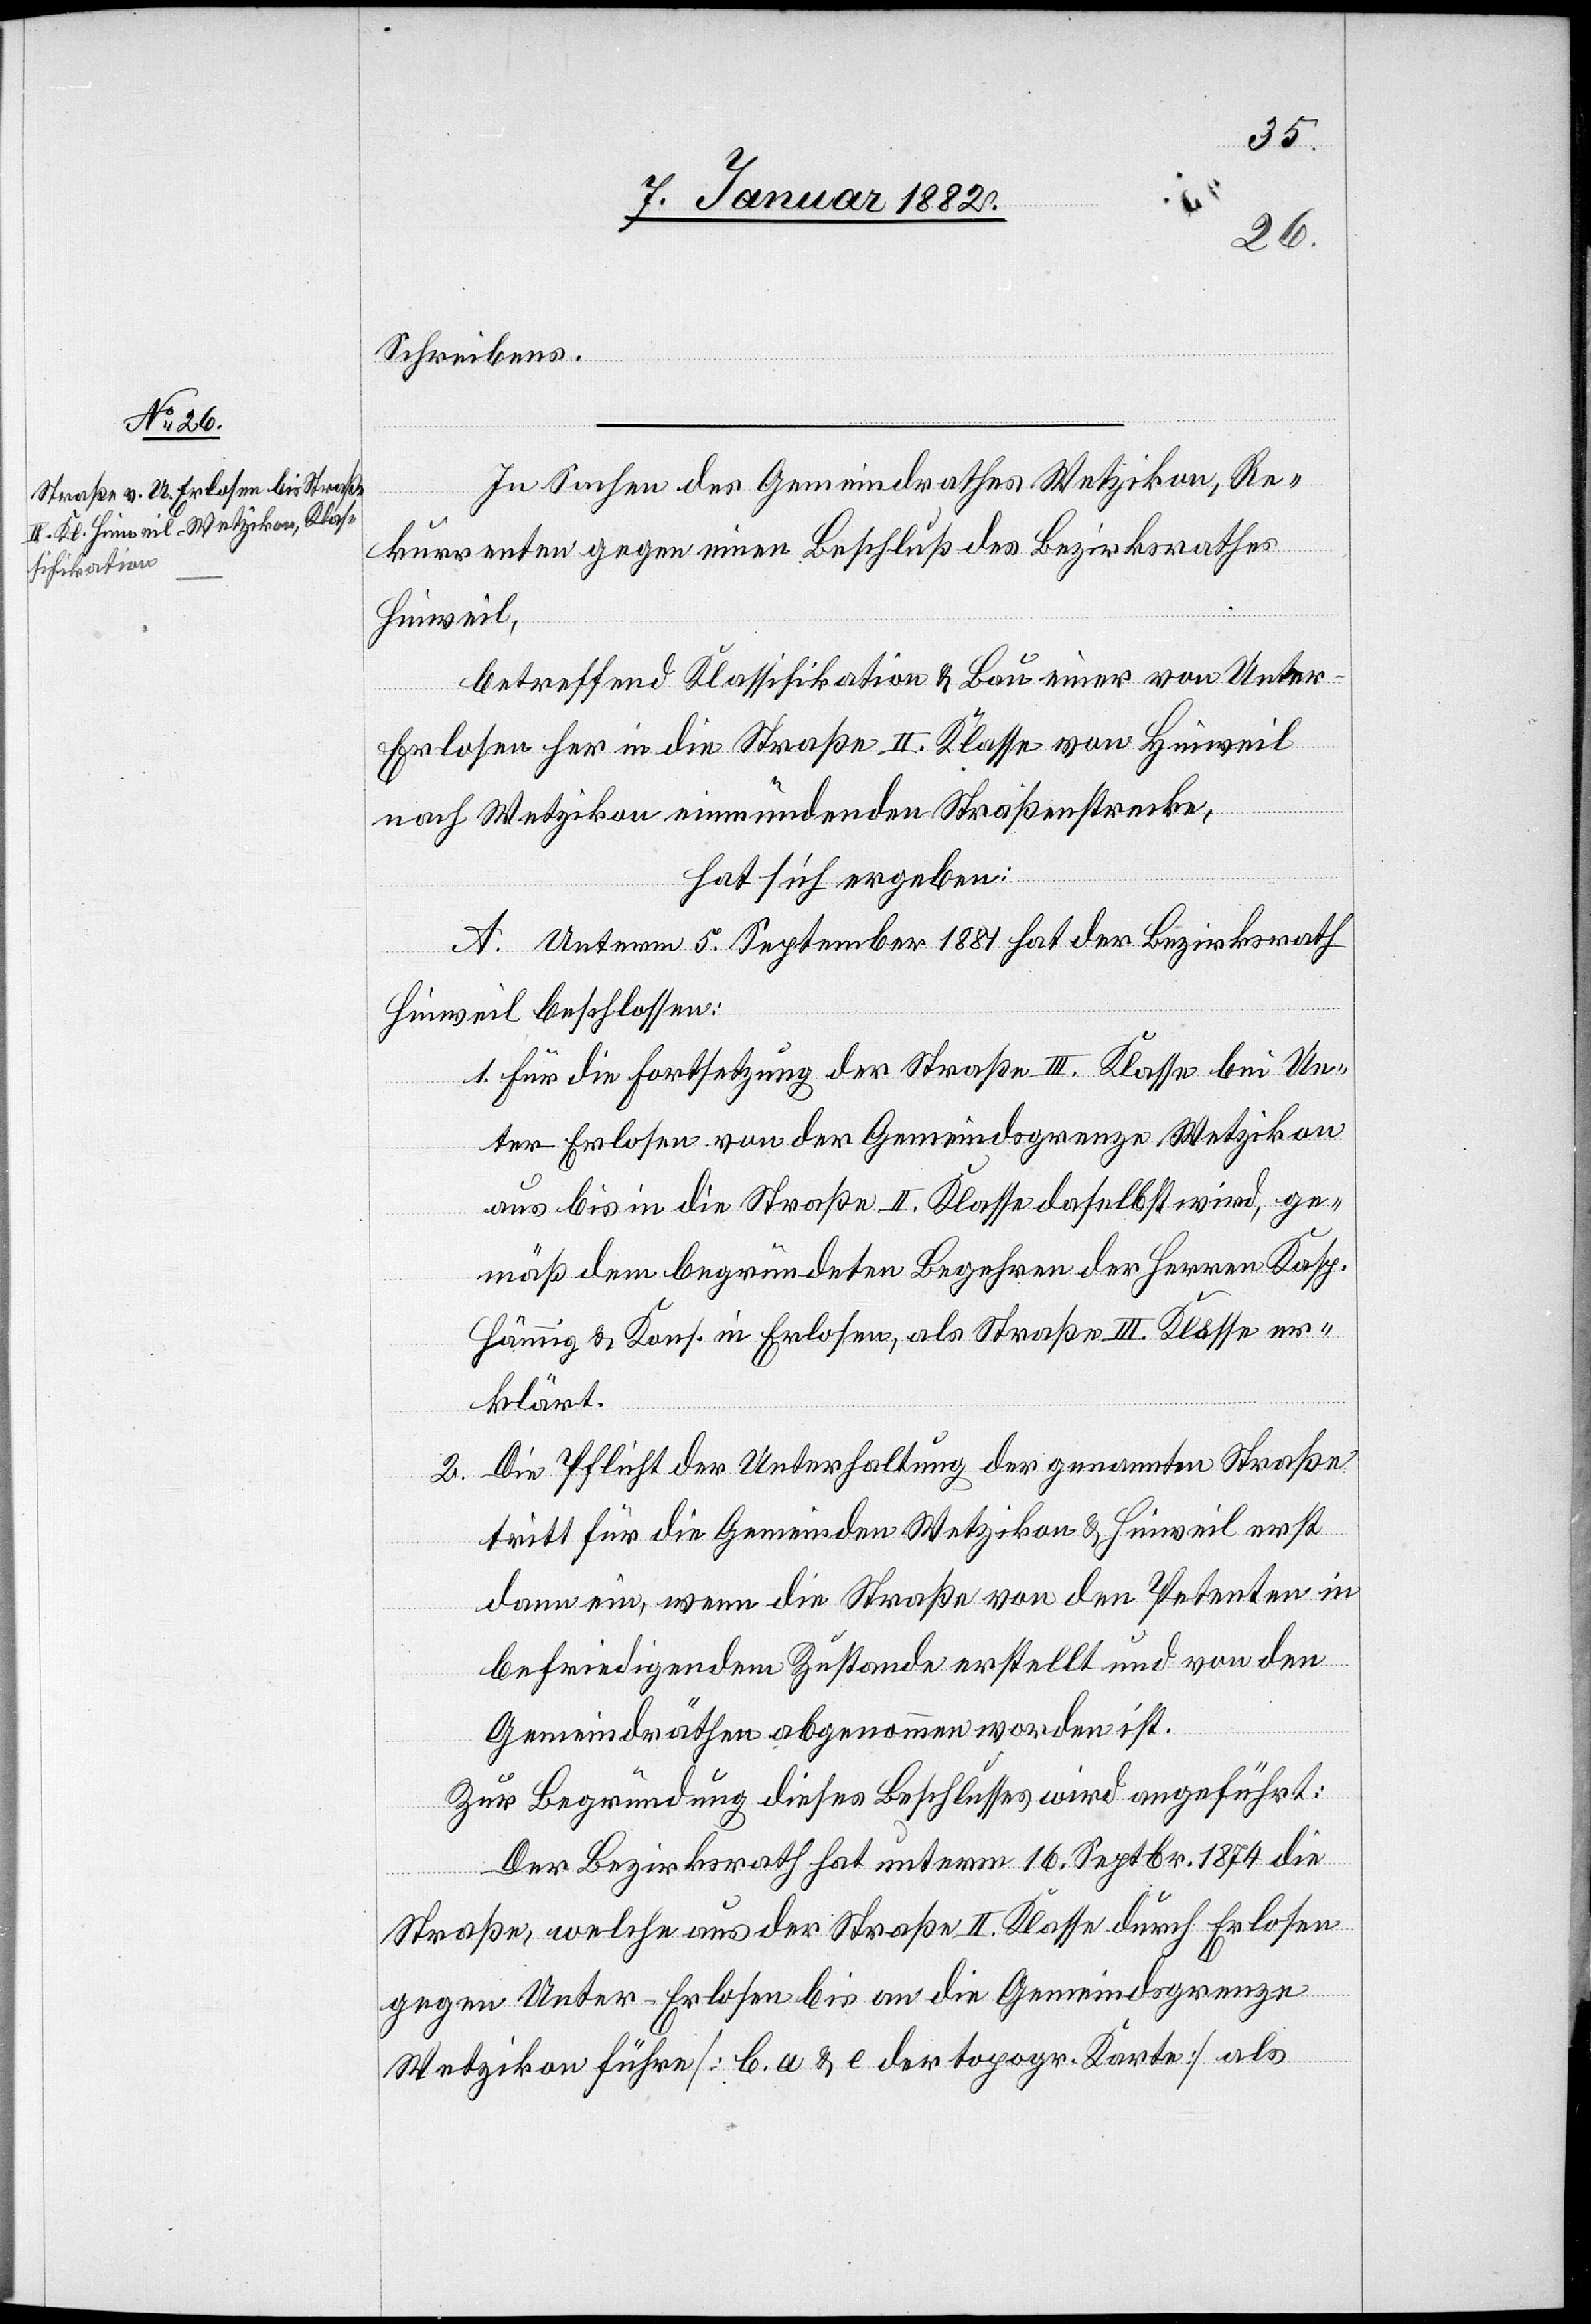
Schreibens.
In Sachen des Gemeindrathes Wetzikon, Re¬
kurrenten gegen einen Beschluß des Bezirksrathes
Hinweil,
betreffend Klassifikation & Bau einer von Unte¬
r-E¬
rlosen her in die Straße II. Klasse von Hinwil
nach Wetzikon einmündenden Straßenstrecke,
hat sich ergeben:
A. Unterm 5. September 1881 hat der Bezirksrath
Hinweil beschlossen:
1. Für die Fortsetzung der Straße III. Klasse bei Un¬
ter-Erlosen von der Gemeindsgrenze Wetzikon
aus bis in die Straße II. Klasse daselbst wird, ge¬
mäß dem begründeten Begehren der Herren Kasp.
Hämmig & Kons. in Erlosen, als Strasse III. Klasse er¬
klärt.
Die Pflicht der Unterhaltung der genannten Straße
2.
tritt für die Gemeinden Wetzikon & Hinweil erst
dann ein, wenn die Straße von den Petenten in
befriedigendem Zustande erstellt und von den
Gemeindräthen abgenommen worden ist.
Zur Begründung dieses Beschlusses wird angeführt:
Der Bezirksrath hat unterm 16. Septbr. 1874 die
Straße, welche aus der Straße II. Klasse durch Erlosen
gegen Unter-Erlosen bis an die Gemeindsgrenze
Wetzikon führe [b. a & e der topogr. Karte] als